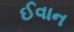
ઈવાન